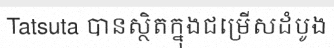
Tatsuta បានស្ថិតក្នុងជម្រើសដំបូង